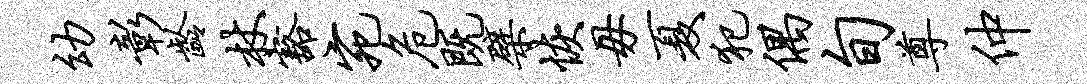
幼彰龄杖豁宛危既檗恢毋夏犯偶旬尊仲